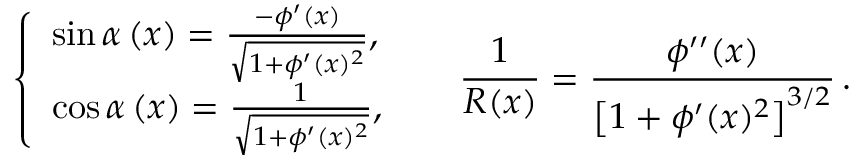
\left\{ { \begin{array} { l } { \sin \alpha \left( x \right) = \frac { - \phi ^ { \prime } ( x ) } { \sqrt { 1 + \phi ^ { \prime } ( x ) ^ { 2 } } } , } \\ { \cos \alpha \left( x \right) = \frac { 1 } { \sqrt { 1 + \phi ^ { \prime } ( x ) ^ { 2 } } } , } \end{array} } \right. \, \quad \, \frac { 1 } { R ( x ) } = \frac { \phi ^ { \prime \prime } ( x ) } { \left[ { 1 + \phi ^ { \prime } ( x ) ^ { 2 } } \right] ^ { 3 / 2 } } \, .